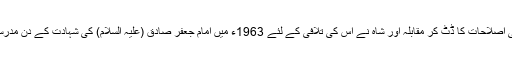
اس وقت امام نے امریکی اصلاحات کا ڈٹ کر مقابلہ اور شاہ نے اس کی تلافی کے لئے 1963ء میں امام جعفر صادق (علیہ السلام) کی شہادت کے دن مدرسہ فیضیہ پر حملہ کردیا۔